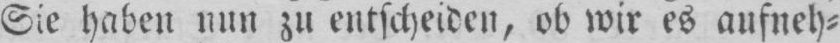
Sie haben nun zu entscheiden, ob wir es aufneh⸗